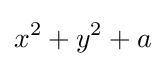
x^{2}+y^{2}+a